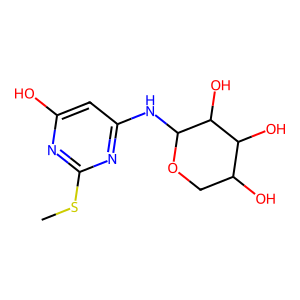
SMILES: CSc1nc(O)cc(NC2OCC(O)C(O)C2O)n1
Inhibits HIV replication: No